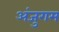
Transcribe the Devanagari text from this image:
अंजुगम